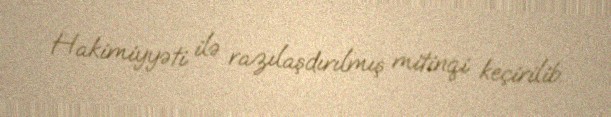
Hakimiyyəti ilə razılaşdırılmış mitinqi keçirilib.